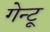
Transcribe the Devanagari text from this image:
गेन्टू